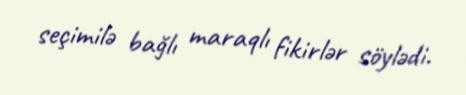
seçimilə bağlı maraqlı fikirlər söylədi.